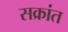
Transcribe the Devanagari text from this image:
सक्रांत